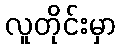
လူတိုင်းမှာ